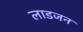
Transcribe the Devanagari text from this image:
लाडजन